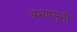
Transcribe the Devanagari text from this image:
अभ्यासूंनी